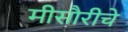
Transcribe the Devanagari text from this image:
मीसौरीचे